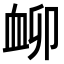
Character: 𧖰